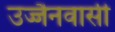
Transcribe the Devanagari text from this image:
उज्जैनवासी